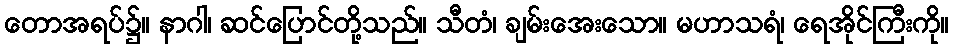
တောအရပ်၌။ နာဂါ၊ ဆင်ပြောင်တို့သည်။ သီတံ၊ ချမ်းအေးသော။ မဟာသရံ၊ ရေအိုင်ကြီးကို။